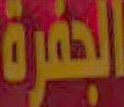
الجفرة